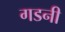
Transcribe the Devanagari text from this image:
गडनी